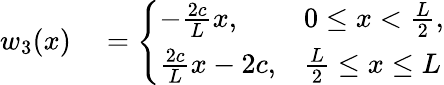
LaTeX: \begin{array}{rl}{w_{3}(x)}&{{}=\left\{ \begin{array}{ll}{-\frac{2c}{L}x,}&{0\leq x<\frac{L}{2},}\\ {\frac{2c}{L}x-2c,}&{\frac{L}{2}\leq x\leq L}\end{array}\right.}\end{array}